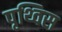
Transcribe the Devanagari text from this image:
पृथ्विस